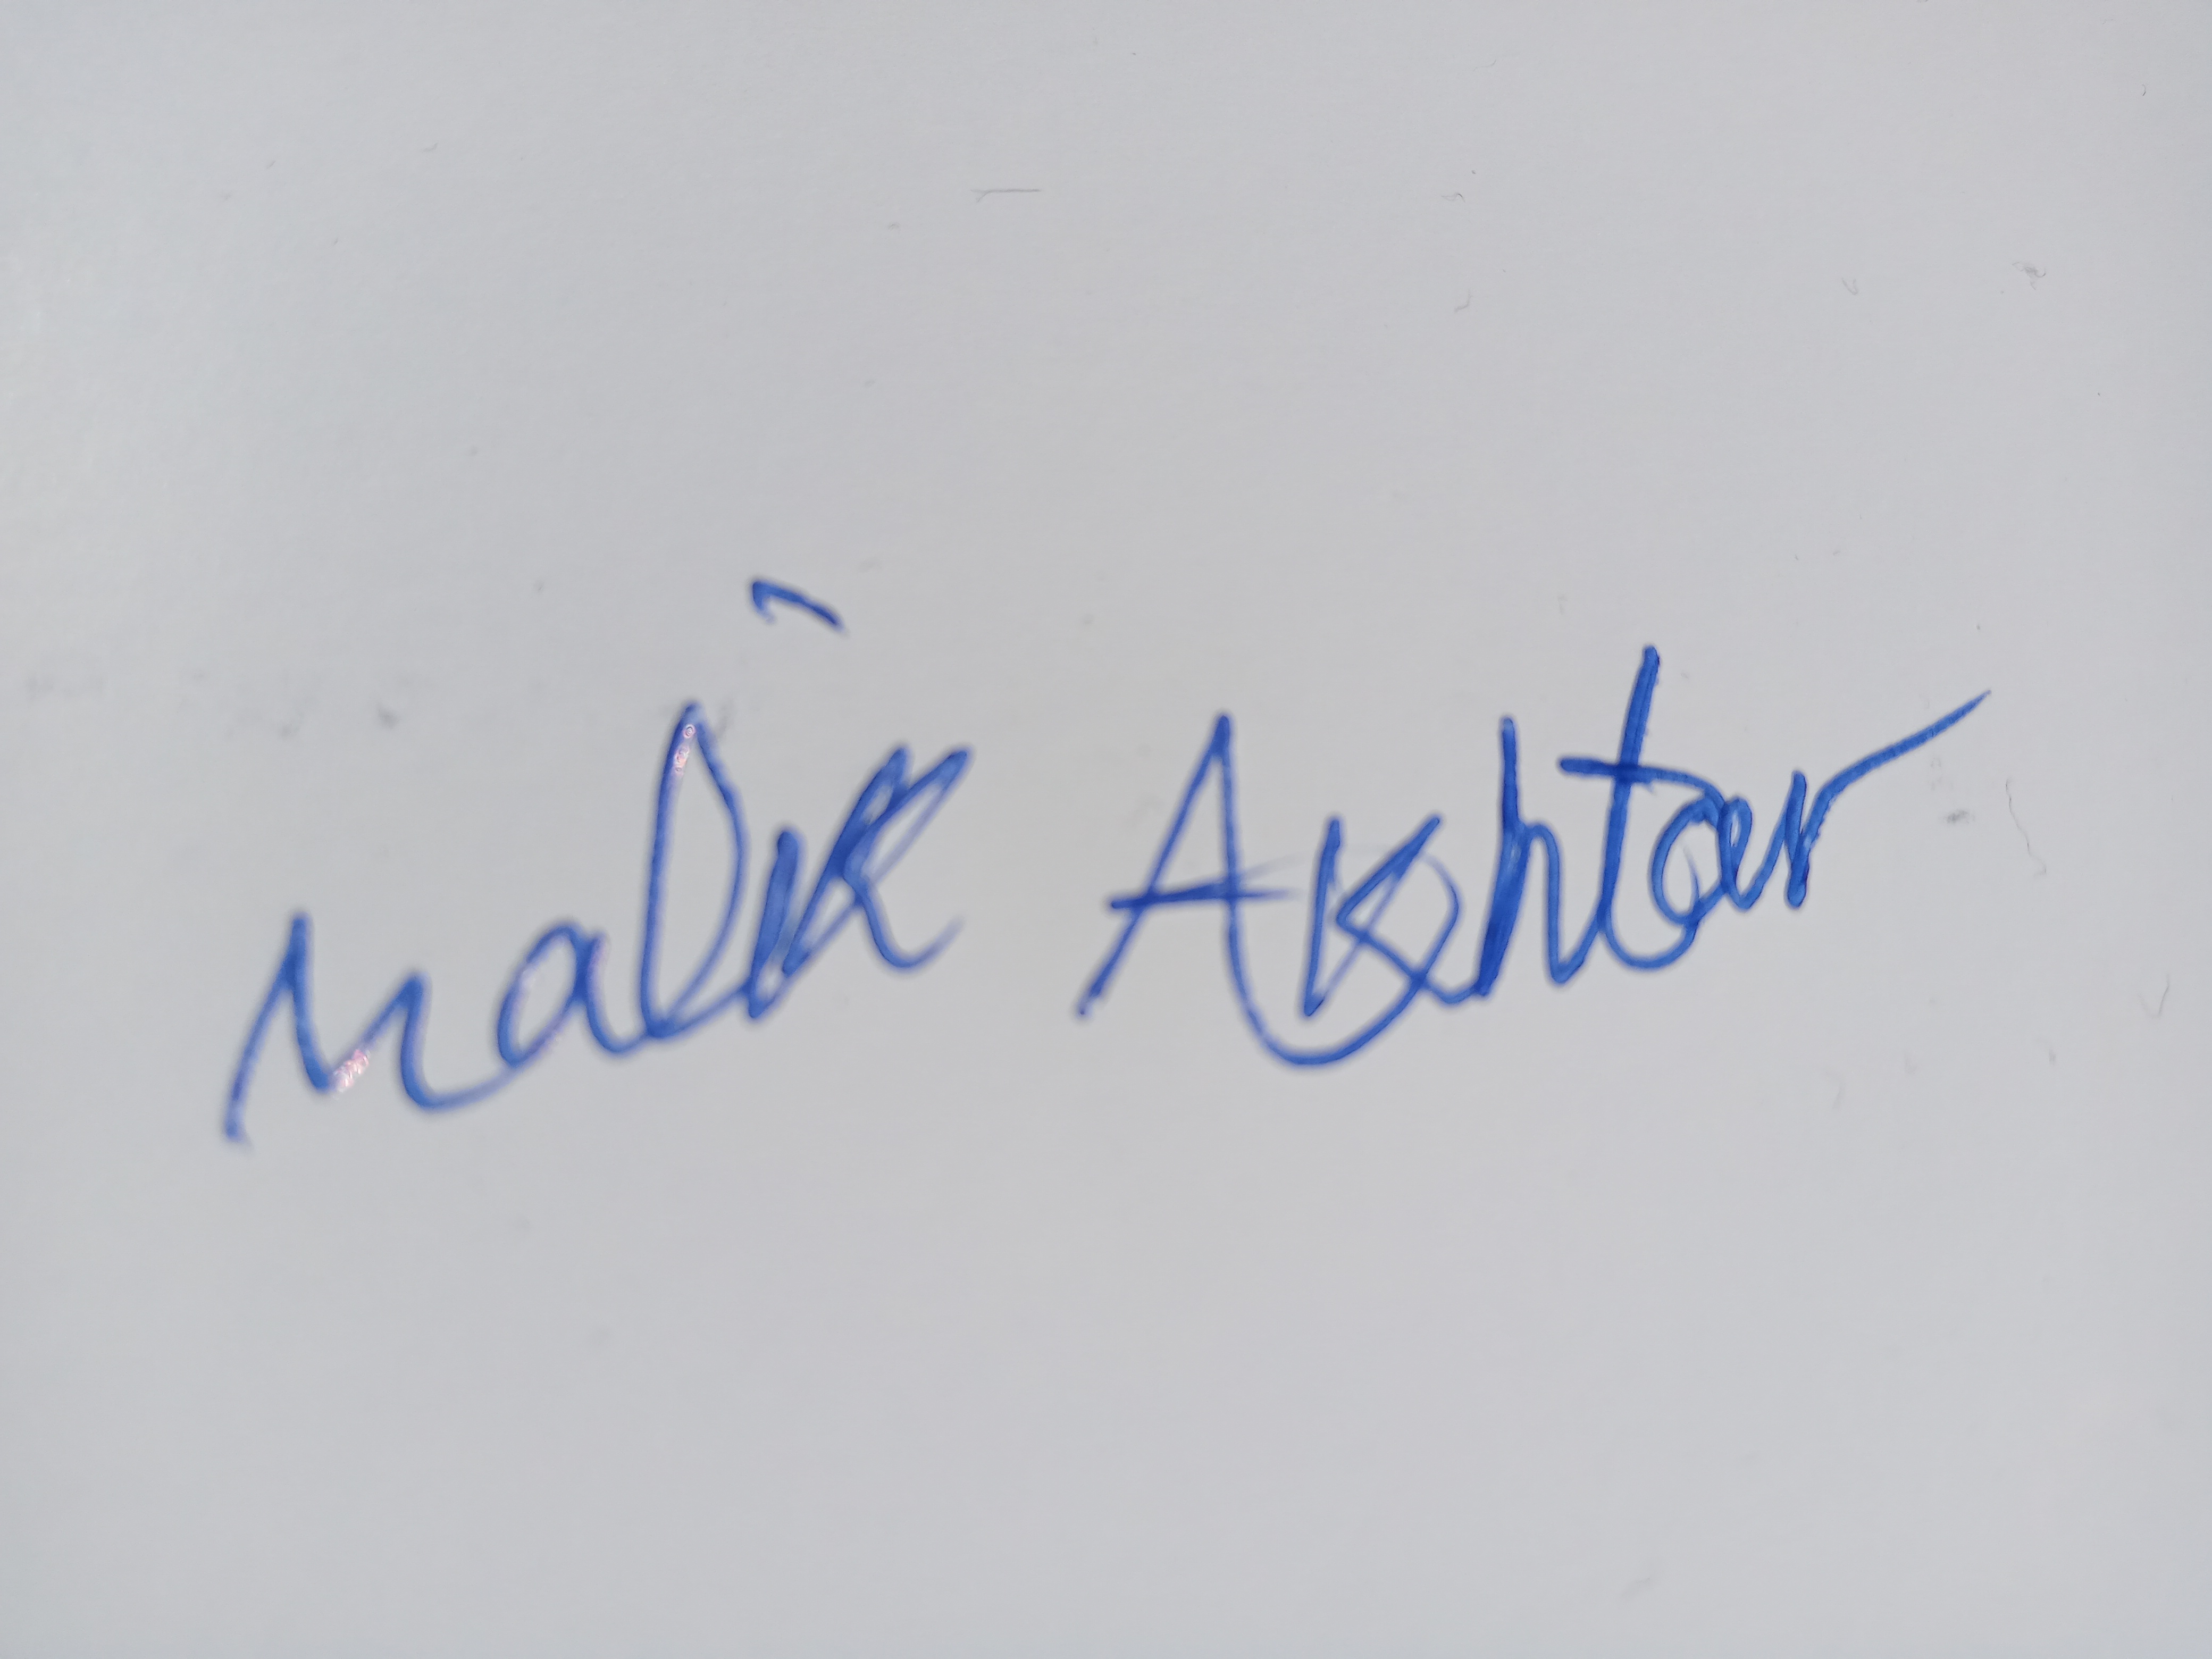
Signature authenticity: forged